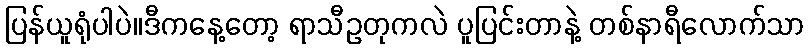
ပြန်ယူရုံပါပဲ။ဒီကနေ့တော့ ရာသီဥတုကလဲ ပူပြင်းတာနဲ့ တစ်နာရီလောက်သာ